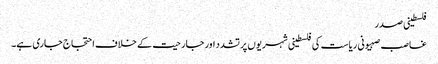
فلسطینی صدر
غاصب صہیونی ریاست کی فلسطینی شہریوں پر تشدد اور جارحیت کے خلاف احتجاج جاری ہے۔